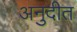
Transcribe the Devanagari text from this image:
अनुदीत